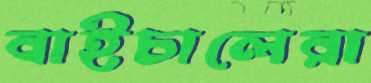
বাইচালেরা